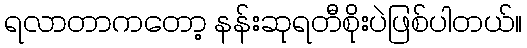
ရလာတာကတော့ နန်းဆုရတီစိုးပဲဖြစ်ပါတယ်။